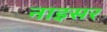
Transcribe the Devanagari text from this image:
नाइसर